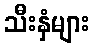
သီးနှံများ